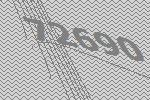
72690